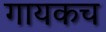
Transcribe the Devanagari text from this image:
गायकच